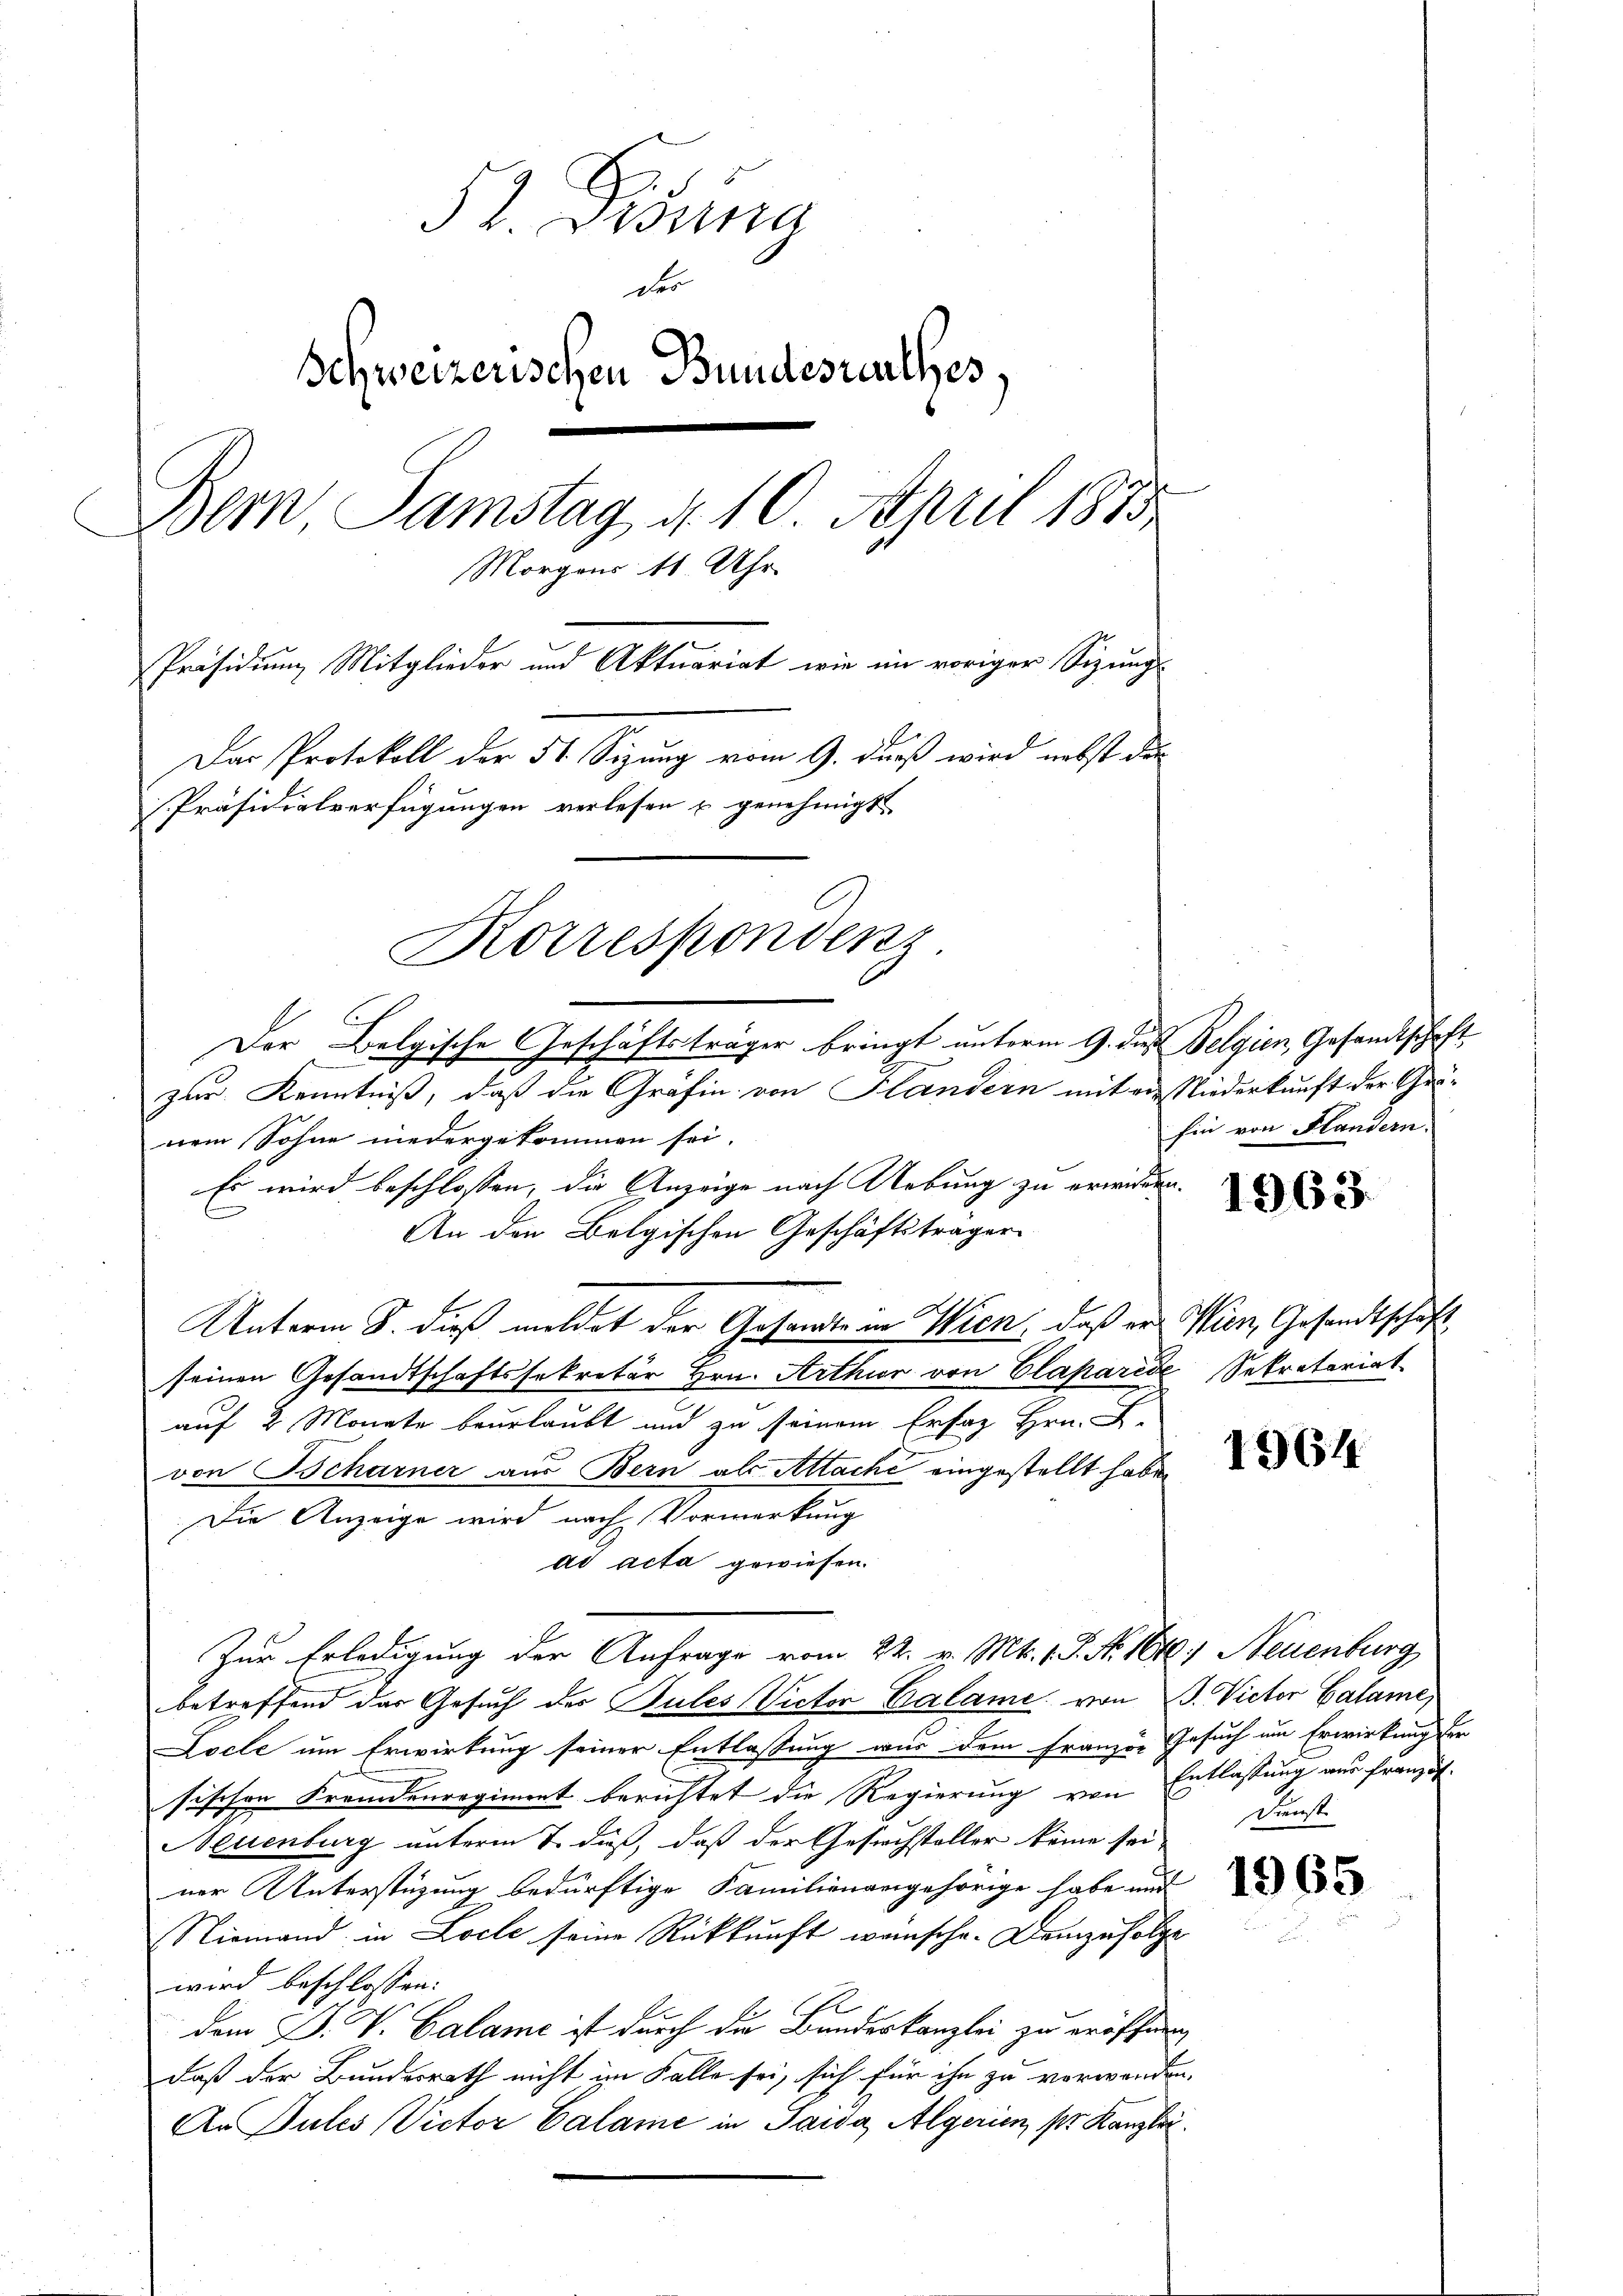
Jb. Bossa
der
Schweizerischen Bundesrathes.
Bern Samstag d. 10 April 1883
Morgens 11. Uhr.
Präsidium Mitglieder und Aktuariat wie im voriger Sizung
Das Protokoll der 51 Sizung vom 9. daß wird nebst der
Präsidialverfügungen verlesen u genehmigt.
Korrespondenz.

Der Belgische Geschäftsträger bringt unterm 9. des Belgien, Gesandtschaft
zur Kenntniß, daß die Gräfin von Handern mit ein Niederkunft der Gronem Sohne niedergekommen sei.
Es wird beschlossen, die Anzeige nach Uebung zu erwilden.
An den Belgischen Geschäftsträger
Unterm 8. dieß meldet der Gesandte in Wien, daß er Wien, Gesandtschaft
seinen Gesandtschaftssekretär Hrn. Arthor von Claparede Sekretariat
auf 2 Monate beurlaubt und zu seinem Ersaz Hrn. F.
von Scharner aus Bern als Attache eingestellt habe.
Die Anzeige wird nach Vormerkung
ad acta gewiesen.
Zur Erledigung der Anfrage vom 22. v. Mts. 1 S. N. 1648) Neuenburg
betreffend das Gesuch der Pules Victor Calame von B. Victor Calame,
Locle um Erwirkung seiner Entlassung wir dem Franzon Gesuch um Erwirkung der
sischen Fremdenregiment berichtet die Regierung von Entlassung nur französ.
Neuenburg unterm 7. daß, daß der Gesuchsteller keine sei
ner Unterstüzung bedürftige Familienangehörige habe und
Niemand in Locle seine Rückkunft wünsche. Demzufolge
wird beschlossen:
Che
dem P. V. Calame ist durch die Bundeskanzlei zu eröffnen,
Daß der Bundesrath nicht im Falle sei, sich für ihn zu verwanden,
An Pules Victor Calame in Pawa Algerin pr. Kanzlei.

hin von Flandern.

1963.

1964

Sinst

1965